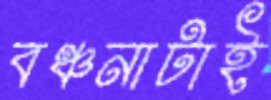
বঞ্চনাটাই